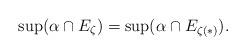
LaTeX: \begin{align*}\sup(\alpha \cap E_{\zeta}) = \sup(\alpha \cap E_{\zeta(*)}).\end{align*}